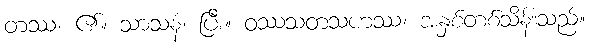
တဿ၊ ၏။ သာသနံ၊ ပြီး။ ဝဿသတသဟဿ၊ အနှစ်တစ်သိန်းသည်။